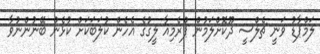
ލަމްޕާޑު ވަނީ ޗެލްސީ ދޫކޮށްލަމުން ޕްރެމިއާ ލީގުގެ އެހެން ކުލަބަކަށް ކުޅެން ބޭނުންނުވާ